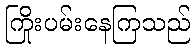
ကြိုးပမ်းနေကြသည်